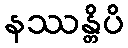
နဿန္တိပိ